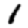
Digit: 1